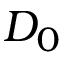
D _ { 0 }